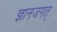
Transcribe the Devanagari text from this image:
ज्ञानजगत्‌